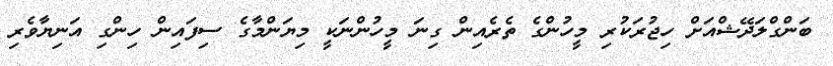
ބަންގްލަދޭޝްއަށް ހިޖުރަކުރި މީހުންގެ ތެރެއިން ގިނަ މީހުންނަކީ މިޔަންމާގެ ސިފައިން ހިންގި އަނިޔާވެރި